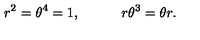
r ^ { 2 } = \theta ^ { 4 } = 1 , \quad \quad \quad r \theta ^ { 3 } = \theta r .